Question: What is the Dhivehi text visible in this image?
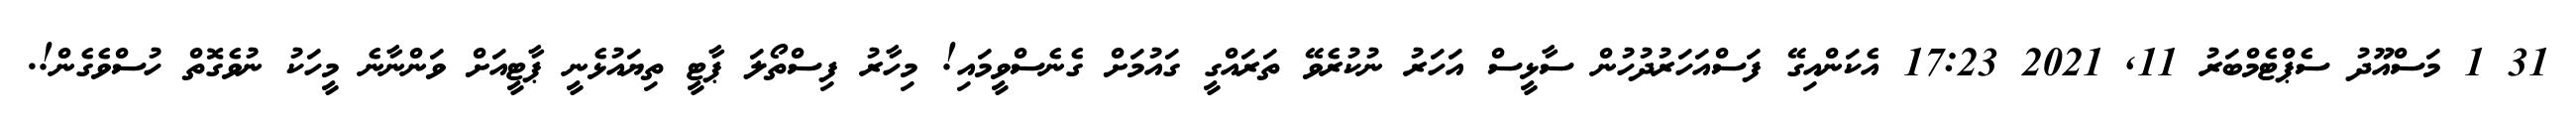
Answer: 31 1 މަސްއޫދު ސެޕްޓެމްބަރު 11, 2021 17:23 އެކަންއިގޭ ފަސްއަހަރުދުހުން ސާޅީސް އަހަރު ނުކުރެވޭ ތަރައްގީ ގައުމަށް ގެނެސްވީމައި! މިހާރު ފިސްތޯލަ ޕާޓީ ތިޔައުޅެނީ ޕާޓީއަށް ވަންނާނެ މީހަކު ނުވެގޮތް ހުސްވެގެން!.